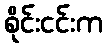
စိုင်းငင်းက